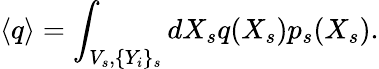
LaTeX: \langle q\rangle=\int_{V_{s},\{ Y_{i}\} _{s}}dX_{s}q(X_{s})p_{s}(X_{s}).